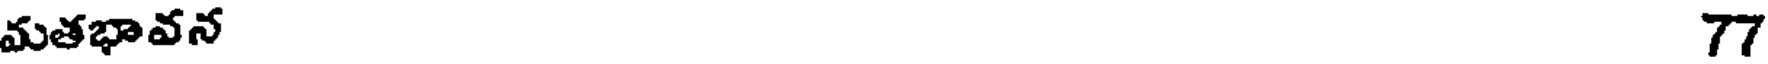
మతభావన 77